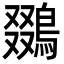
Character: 鵽